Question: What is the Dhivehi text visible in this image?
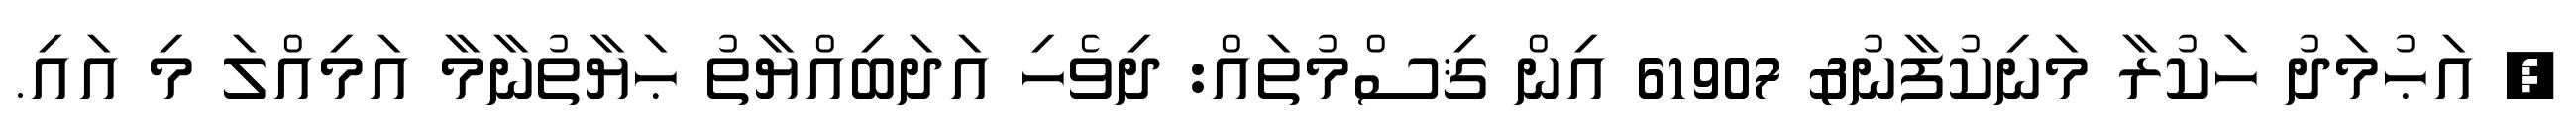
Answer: ? އަޙުމަދު ހަކުރާ މަނިކުފާނު& 61907 އިން ޤިސްމުތައް: ދިވެހި އަދަބިއްޔާތު ޙަޔާތުނާމާ އަމިއްލަ މި އައި.